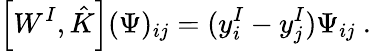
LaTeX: \left[W^{I},\hat{K}\right](\Psi)_{ij}=(y_{i}^{I}-y_{j}^{I})\Psi_{ij}\ .